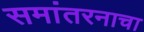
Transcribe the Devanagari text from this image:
समांतरनाचा